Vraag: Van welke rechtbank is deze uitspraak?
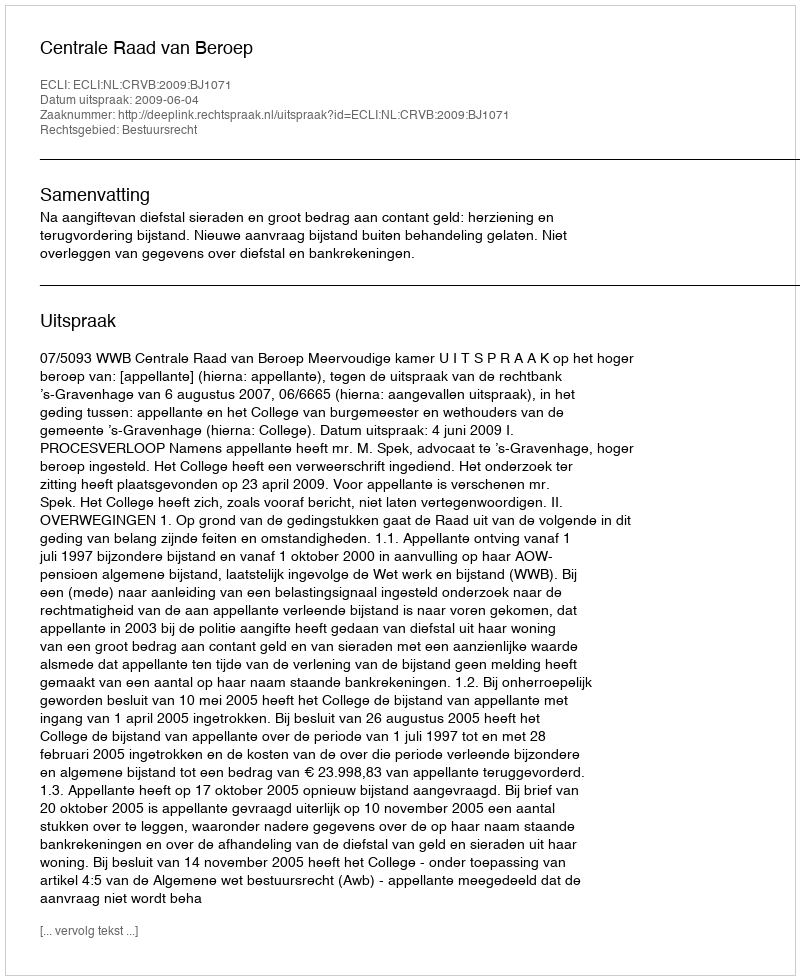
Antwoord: Centrale Raad van Beroep